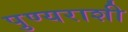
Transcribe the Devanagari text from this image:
पुण्यराशी